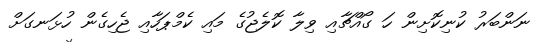
ނަންބަރު ކުނިކޮށިން ހަ ގޯއްޗާއި ވިލާ ކޮލެޖުގެ މައި ކެމްޕަހާއި ޖެހިގެން ހުޅަނގަށް